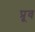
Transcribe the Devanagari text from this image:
प्रूव